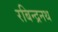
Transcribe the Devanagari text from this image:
रबिन्द्रनथ